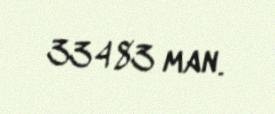
33483 man.